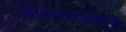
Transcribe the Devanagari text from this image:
जालपत्रलेखकांच्या